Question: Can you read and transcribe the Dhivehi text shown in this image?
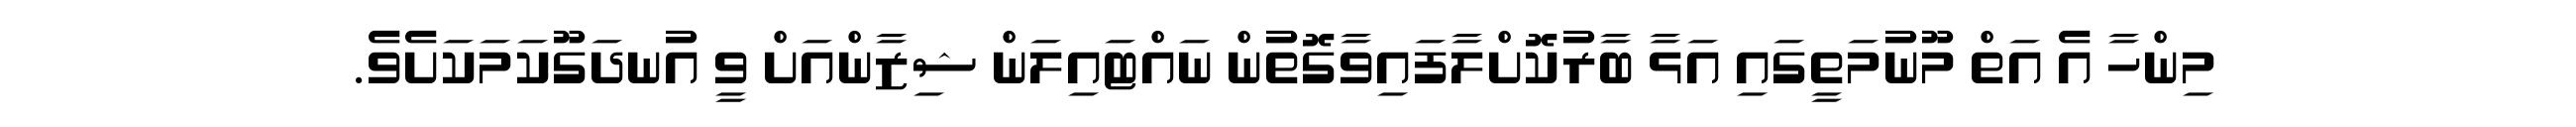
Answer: މިންހާ އެ އަތް މޫނުމަތީގައި އަޅާ ބާރުކޮށްލާފައިވާގޮތުން ނައްޓައިލަން ޝިޒާންއަށް ވީ އުނދަގޫކަމަކަށެވެ.